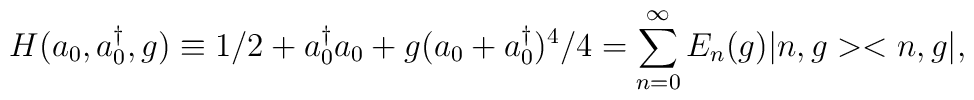
H(a_0,a^{\dag }_0,g) \equiv 1/2+a^{\dag }_0 a_0+g(a_0+a^{\dag }_0)^{4}/4=\sum _{n=0}^{\infty }E_{n}(g)|n,g><n,g|,